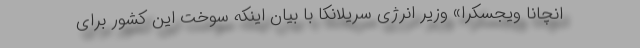
انچانا ویجسکرا» وزیر انرژی سریلانکا با بیان اینکه سوخت این کشور برای